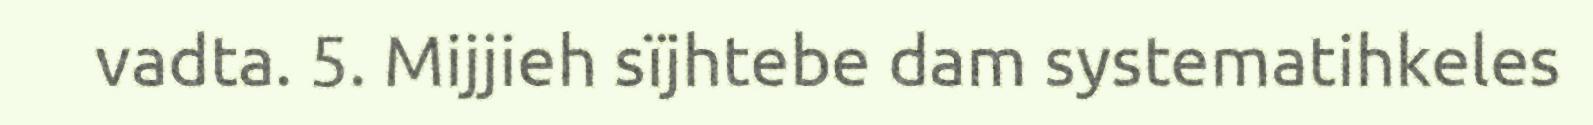
vadta. 5. Mijjieh sïjhtebe dam systematihkeles